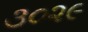
૩૦૨૯